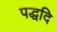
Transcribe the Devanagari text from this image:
पद्धदि